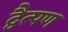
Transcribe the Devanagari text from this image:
द्वैत्पण